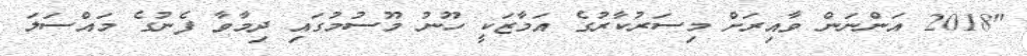
"2018 އަންނަން ވާއިރަށް މިސަރުކާރުގެ އަމާޒަކީ ހޫނު މޫސުމުގައި ދިމާވާ ފެނުގެ މައްސަލަ